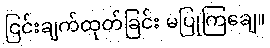
ငြင်းချက်ထုတ်ခြင်း မပြုကြချေ။